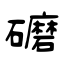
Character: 礳